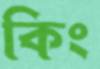
কিং